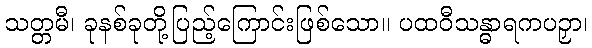
သတ္တမီ၊ ခုနစ်ခုတို့ပြည့်ကြောင်းဖြစ်သော။ ပထဝီသန္ဓာရကပဉှာ၊